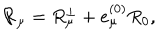
{ \cal R } _ { \mu } = R _ { \mu } ^ { \perp } + e _ { \mu } ^ { ( 0 ) } R _ { 0 } ,